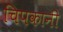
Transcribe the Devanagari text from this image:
चिपकानी